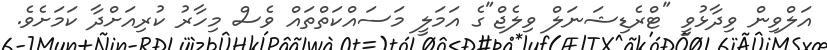
އަލްވިން ވިދާޅުވީ "ޓްރެޑިޝަނަލް ވިލެޖް"ގެ އަމަލީ މަސައްކަތްތައް ވެސް މިހާރު ކުރިއަށްދާ ކަމަށެވެ.